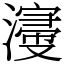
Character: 濅